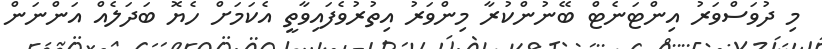
މި ދުވަސްވަރު އިންޓަނެޓް ބޭނުންކުރާ މިންވަރު އިތުރުވެފައިވާތީ އެކަމަށް ހެޔޮ ބަދަލެއް އަންނަން